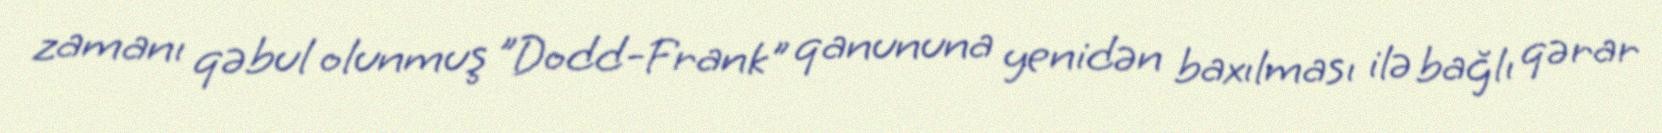
zamanı qəbul olunmuş "Dodd-Frank" qanununa yenidən baxılması ilə bağlı qərar